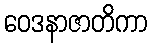
ဝေဒနာဇာတိကာ